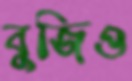
বুজিও